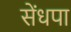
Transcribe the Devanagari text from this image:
सेंधपा